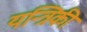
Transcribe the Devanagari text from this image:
यन्त्रिकी